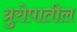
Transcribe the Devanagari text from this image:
य्रुरोपातील